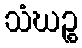
သံဃဉ္စ